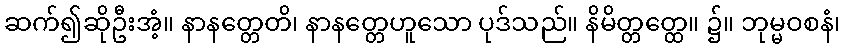
ဆက်၍ဆိုဦးအံ့။ နာနတ္တေတိ၊ နာနတ္တေဟူသော ပုဒ်သည်။ နိမိတ္တတ္ထေ။ ၌။ ဘုမ္မဝစနံ၊